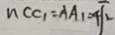
n C C _ { 1 } = A A _ { 1 } = 4 \sqrt { 2 }